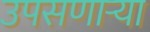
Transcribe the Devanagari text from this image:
उपसणाऱ्या